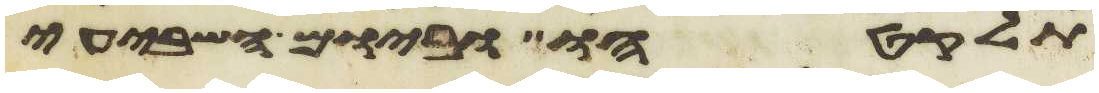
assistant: תלקטהו וביום השביעי